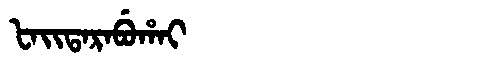
Manchu: ᡶᠠᡳᡨᠠᡵᠠᠪᡠᡥᠠᡳ
Romanization: FAITARABUHAI